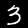
Digit: 3